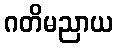
ဂတိမညာယ